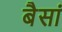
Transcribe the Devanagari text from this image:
बैसां